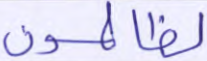
لظالمون